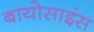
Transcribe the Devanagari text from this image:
बायोसाइंस